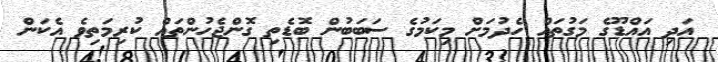
އަދި އައްޑޫގެ މަގުތައް ހެދުމަށް މިކަމުގެ ސަބަބުން ބޮޑެތި ގޮންޖެހުންތައް ކުރިމަތިވެ އެކަން